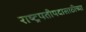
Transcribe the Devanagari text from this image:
राष्ट्रपतीपदासाठीच्या